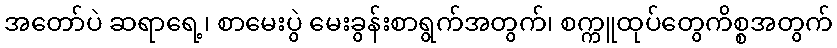
အတော်ပဲ ဆရာရေ့၊ စာမေးပွဲ မေးခွန်းစာရွက်အတွက်၊ စက္ကူထုပ်တွေကိစ္စအတွက်